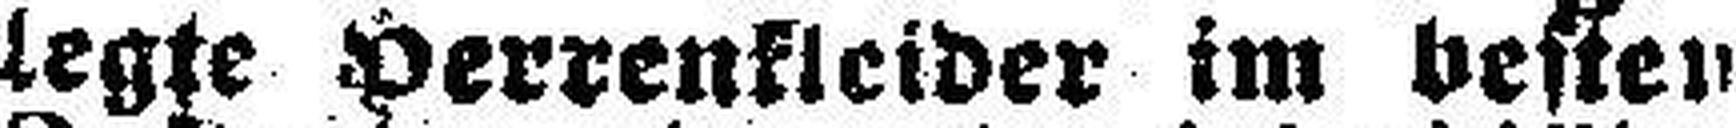
legte Herrenkleider im besten